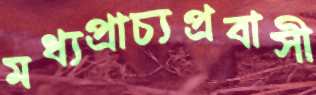
মধ্যপ্রাচ্যপ্রবাসী